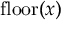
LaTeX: \operatorname { f l o o r } ( x )